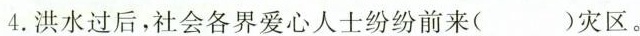
4.洪水过后，社会各界爱心人士纷纷前来()灾区。